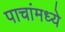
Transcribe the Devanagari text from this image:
पाचांमध्ये